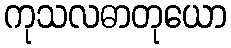
ကုသလဓာတုယော